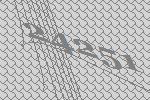
24251